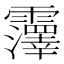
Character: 𫕵